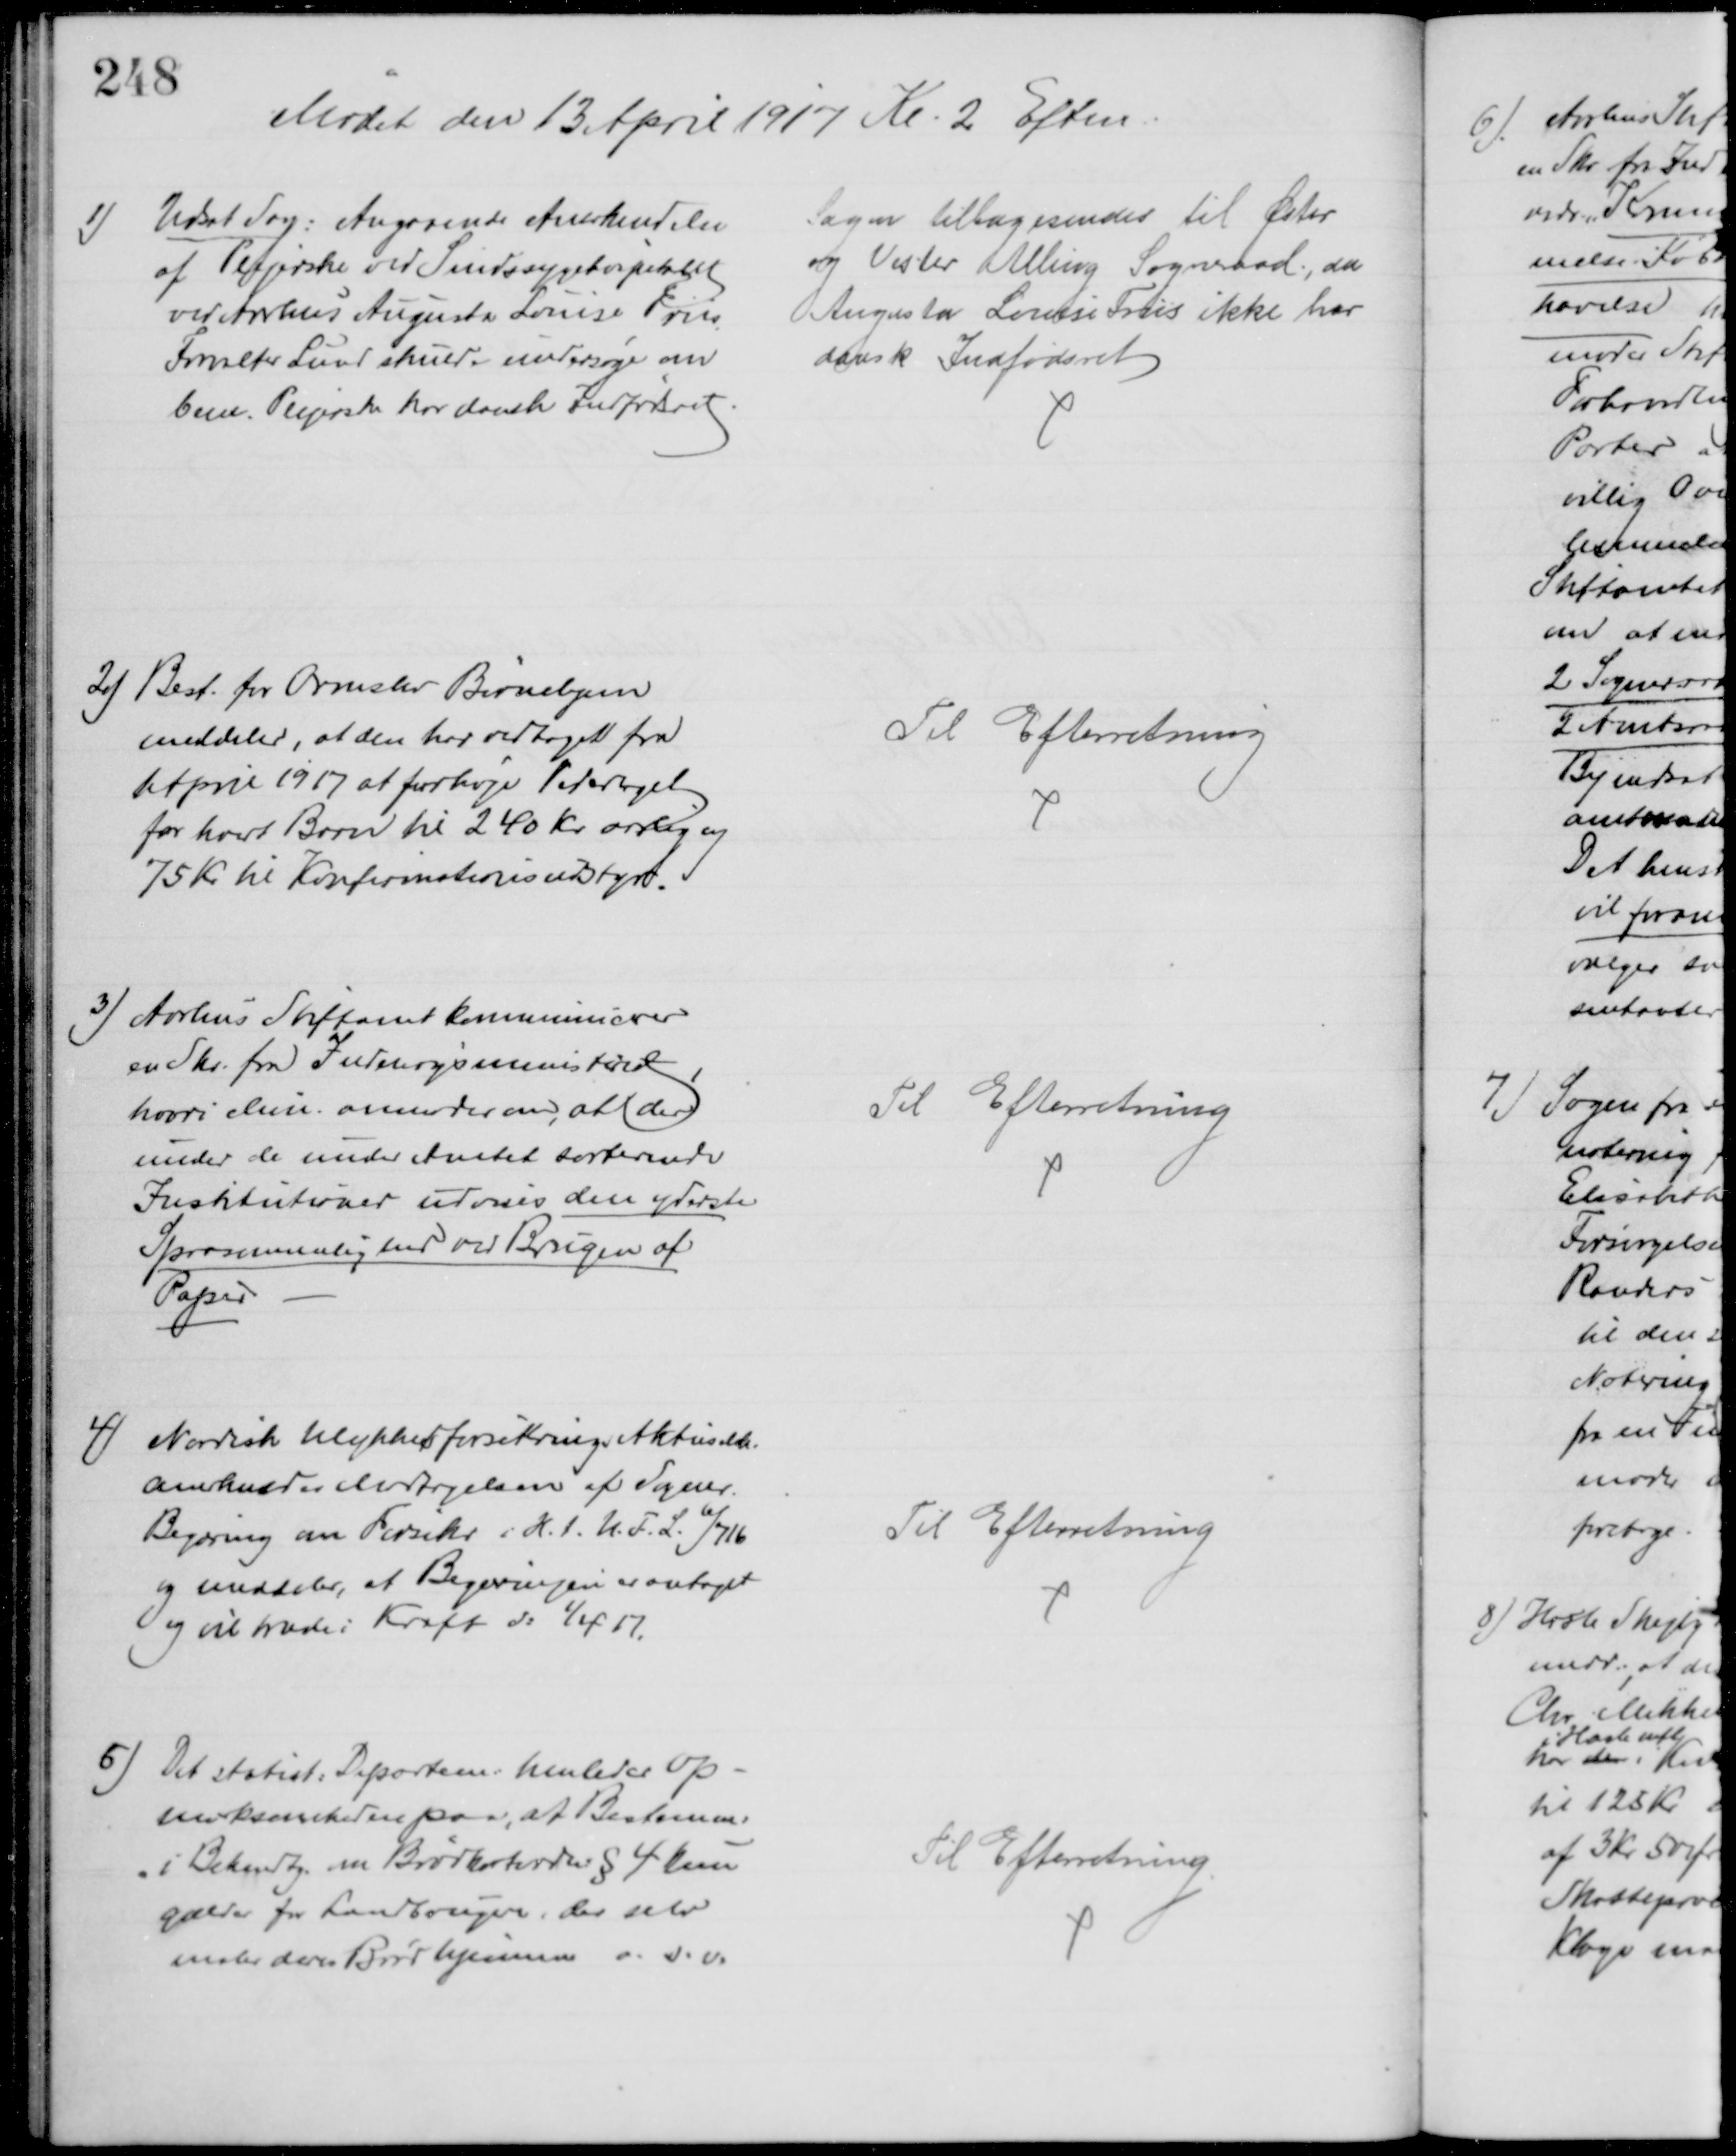
Transskription:
Mødet den 13 April 1917 Kl 2 Eftm
1)
Udsat Sag: Angaaende Anerkendelse
af Plejerske ved Sindssygehospitalet
ved Aarhus Augusta Louise Friis
Forvalter Lund skulde undersøge om
bem. Plejerske har dansk Indfødsret
Sagen tilbagesendes til Øster
og Vester Alling Sogneraad, da
Augusta Louise Friis ikke har
dansk Indfødsret
2) Best. for Ormslev Børnehjem
meddeler, at den har vedtaget fra
1 April 1917 at forhøje Vederlaget
for hvert Barn til 240 Kr aarlig og
75 Kr til Konfirmationsudstyr.
Til Efterretning
3) Aarhus Stiftamt kommunicerer
en Skr. fra Indenrigsministeriet
hvori Min. anmoder om, at der
under de under Amtet sorterende
Institutioner udvises den yderste
Sparsommelighed ved Brugen af
Papir
Til Efterretning
4)
Nordisk Ulykkesforsikrings Aktieselskab
anerkender Modtagelsen af Sogner.
Begæring om Forsikr i H. t. U. F. L. 6/716
og meddeler, at Begæringen er antaget
og vil træde i Kraft d: 1/4 17.
Til Efterretning
5) Det statist: Departem: henleder Op-
mærksomheden paa, at Bestemm:
i Bekendtg. om Brød  § 4 kun
gælder for Landbrugere, der selv
maler deres Brød hjemme o. s. v.
Til Efterretning